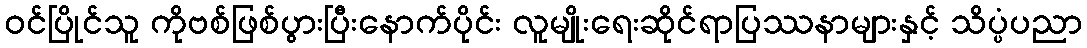
ဝင်ပြိုင်သူ ကိုဗစ်ဖြစ်ပွားပြီးနောက်ပိုင်း လူမျိုးရေးဆိုင်ရာပြဿနာများနှင့် သိပ္ပံပညာ